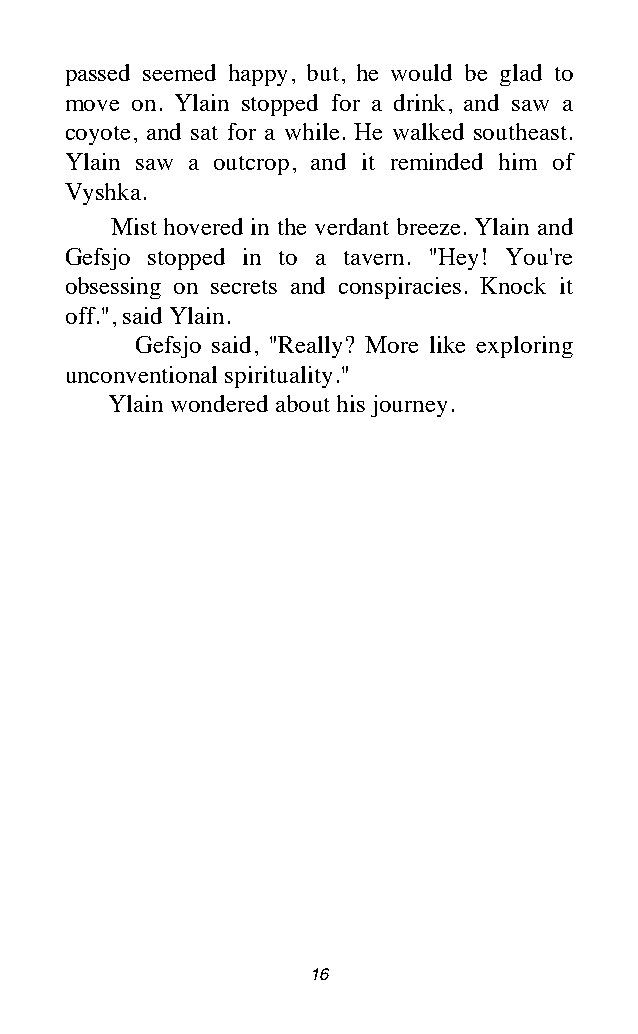
passed seemed happy, but, he would be glad to
 move on. Ylain stopped for a drink, and saw a
 coyote, and sat for a while. He walked southeast.
 Ylain saw a outcrop, and it reminded him of
 Vyshka.
 Mist hovered in the verdant breeze. Ylain and
 Gefsjo stopped in to a tavern. "Hey! You're
 obsessing on secrets and conspiracies. Knock it
 off.", said Ylain.
 Gefsjo said, "Really? More like exploring
 unconventional spirituality."
 Ylain wondered about his journey.
 16